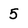
Character: 5